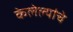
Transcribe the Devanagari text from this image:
केलेल्यांचे